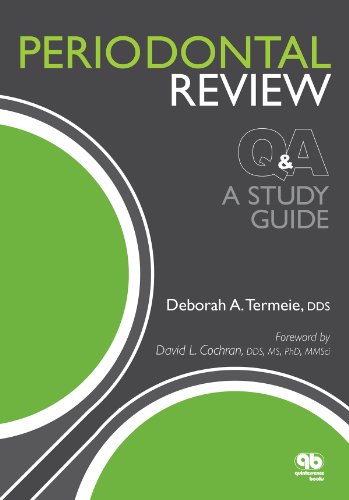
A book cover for Periodontal Review; Deborah Termeie; Medical Books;